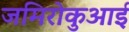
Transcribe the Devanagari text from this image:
जमिरोकुआई